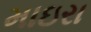
માઇરા